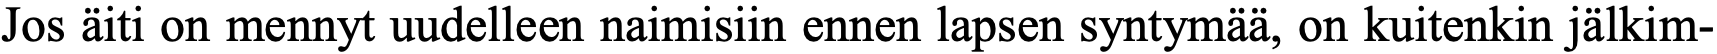
Jos äiti on mennyt uudelleen naimisiin ennen lapsen syntymää, on kuitenkin jälkim-